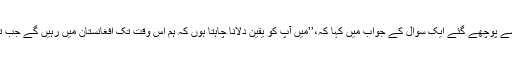
ایس ایم کرشنا نے صحافیوں کی جانب سے پوچھے گئے ایک سوال کے جواب میں کہا کہ،’’میں آپ کو یقین دلانا چاہتا ہوں کہ ہم اس وقت تک افغانستان میں رہیں گے جب تک افغانستان کی منتخب حکومت چاہے۔